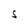
Character: S